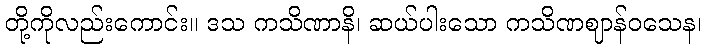
တို့ကိုလည်းကောင်း။ ဒသ ကသိဏာနိ၊ ဆယ်ပါးသော ကသိဏဈာန်ဝသေန၊